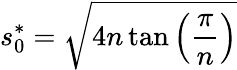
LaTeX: s_{0}^{*}=\sqrt{4n\tan\left(\frac{\pi}{n}\right)}